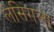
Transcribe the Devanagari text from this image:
लेसिंगला